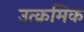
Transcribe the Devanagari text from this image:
उत्क्रमिक